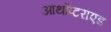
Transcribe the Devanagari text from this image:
आर्थोप्टराएड